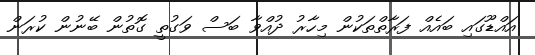
އައްޑޫގައި ބައެއް ފަރާތްތަކުން މިހާރު ދުއްވާ ބަސް ވަގުތީ ގޮތުން ބޭނުން ކުރަން